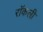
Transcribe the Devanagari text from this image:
रॉकली